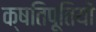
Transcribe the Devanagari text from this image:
क्षतिपूतियों